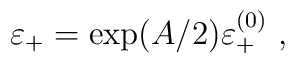
\varepsilon_+=\exp(A/2)\varepsilon_+^{(0)}~,